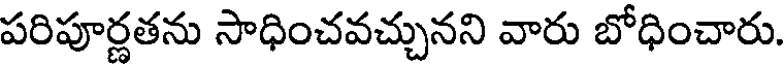
పరిపూర్ణతను సాధించవచ్చునని వారు బోధించారు.